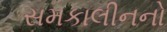
સમકાલીનનો